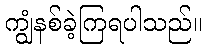
ကျွံနစ်ခဲ့ကြရပါသည်။